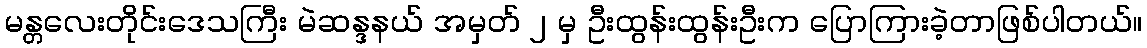
မန္တလေးတိုင်းဒေသကြီး မဲဆန္ဒနယ် အမှတ် ၂ မှ ဦးထွန်းထွန်းဦးက ပြောကြားခဲ့တာဖြစ်ပါတယ်။